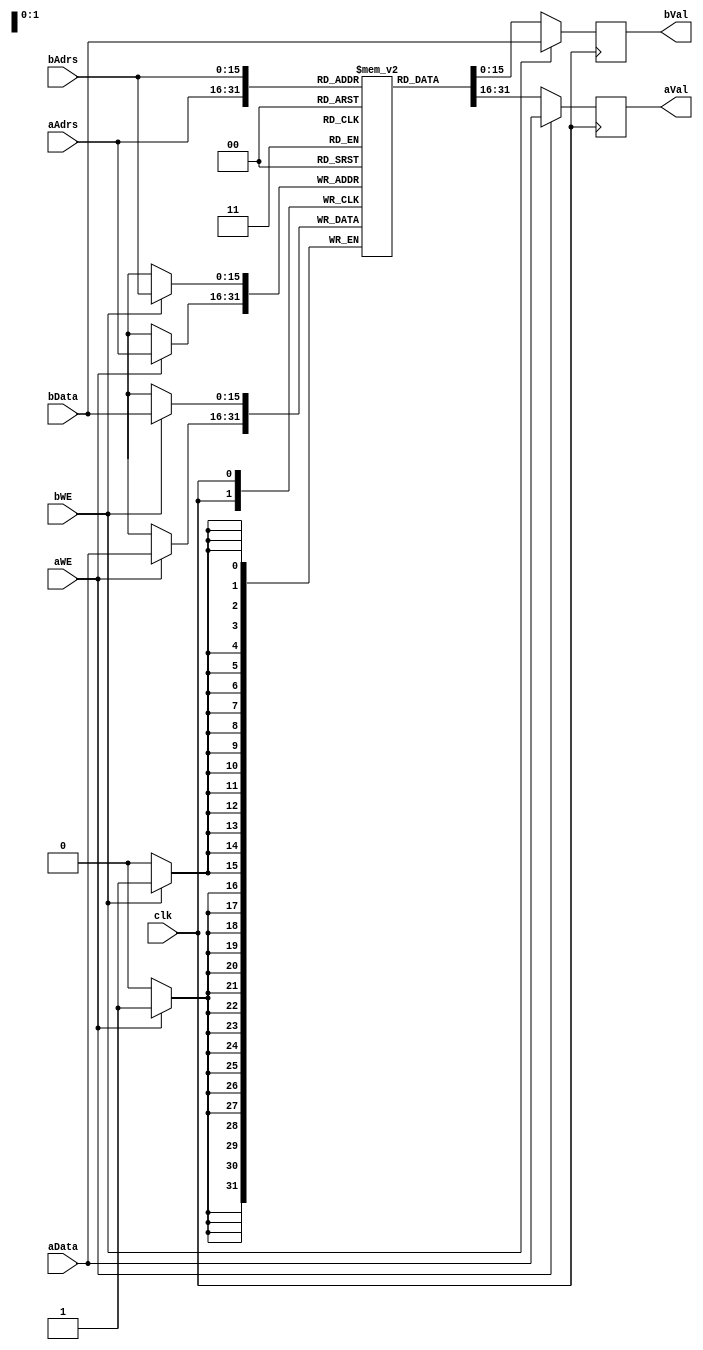
module DualRAM(clk, aData, bData, aAdrs, bAdrs, aWE, bWE, aVal, bVal);
input [15:0] aData;
input [15:0] bData;

input [15:0] aAdrs;
input [15:0] bAdrs;

input aWE;
input bWE;

input clk;

output reg [15:0] aVal;
output reg [15:0] bVal;

//Memory
(* ram_init_file = "RAMData.mif", ramstyle = "no_rw_check" *) reg [15:0] mem[65535:0];

/*initial begin
		$readmemh("RAMData.txt", mem);
end*/
	
// Port A
always @ (posedge clk)
begin
	if (aWE) 
	begin
		mem[aAdrs] <= aData;
		aVal <= aData;
	end
	else 
	begin
		aVal <= mem[aAdrs];
	end
end

// Port B
always @ (posedge clk)
begin
	if (bWE)
	begin
		mem[bAdrs] <= bData;
		bVal <= bData;
	end
	else
	begin
		bVal <= mem[bAdrs];
	end
end

endmodule